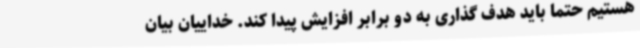
هستیم حتما باید هدف گذاری به دو برابر افزایش پیدا کند. خداییان بیان